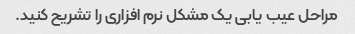
مراحل عیب یابی یک مشکل نرم افزاری را تشریح کنید.